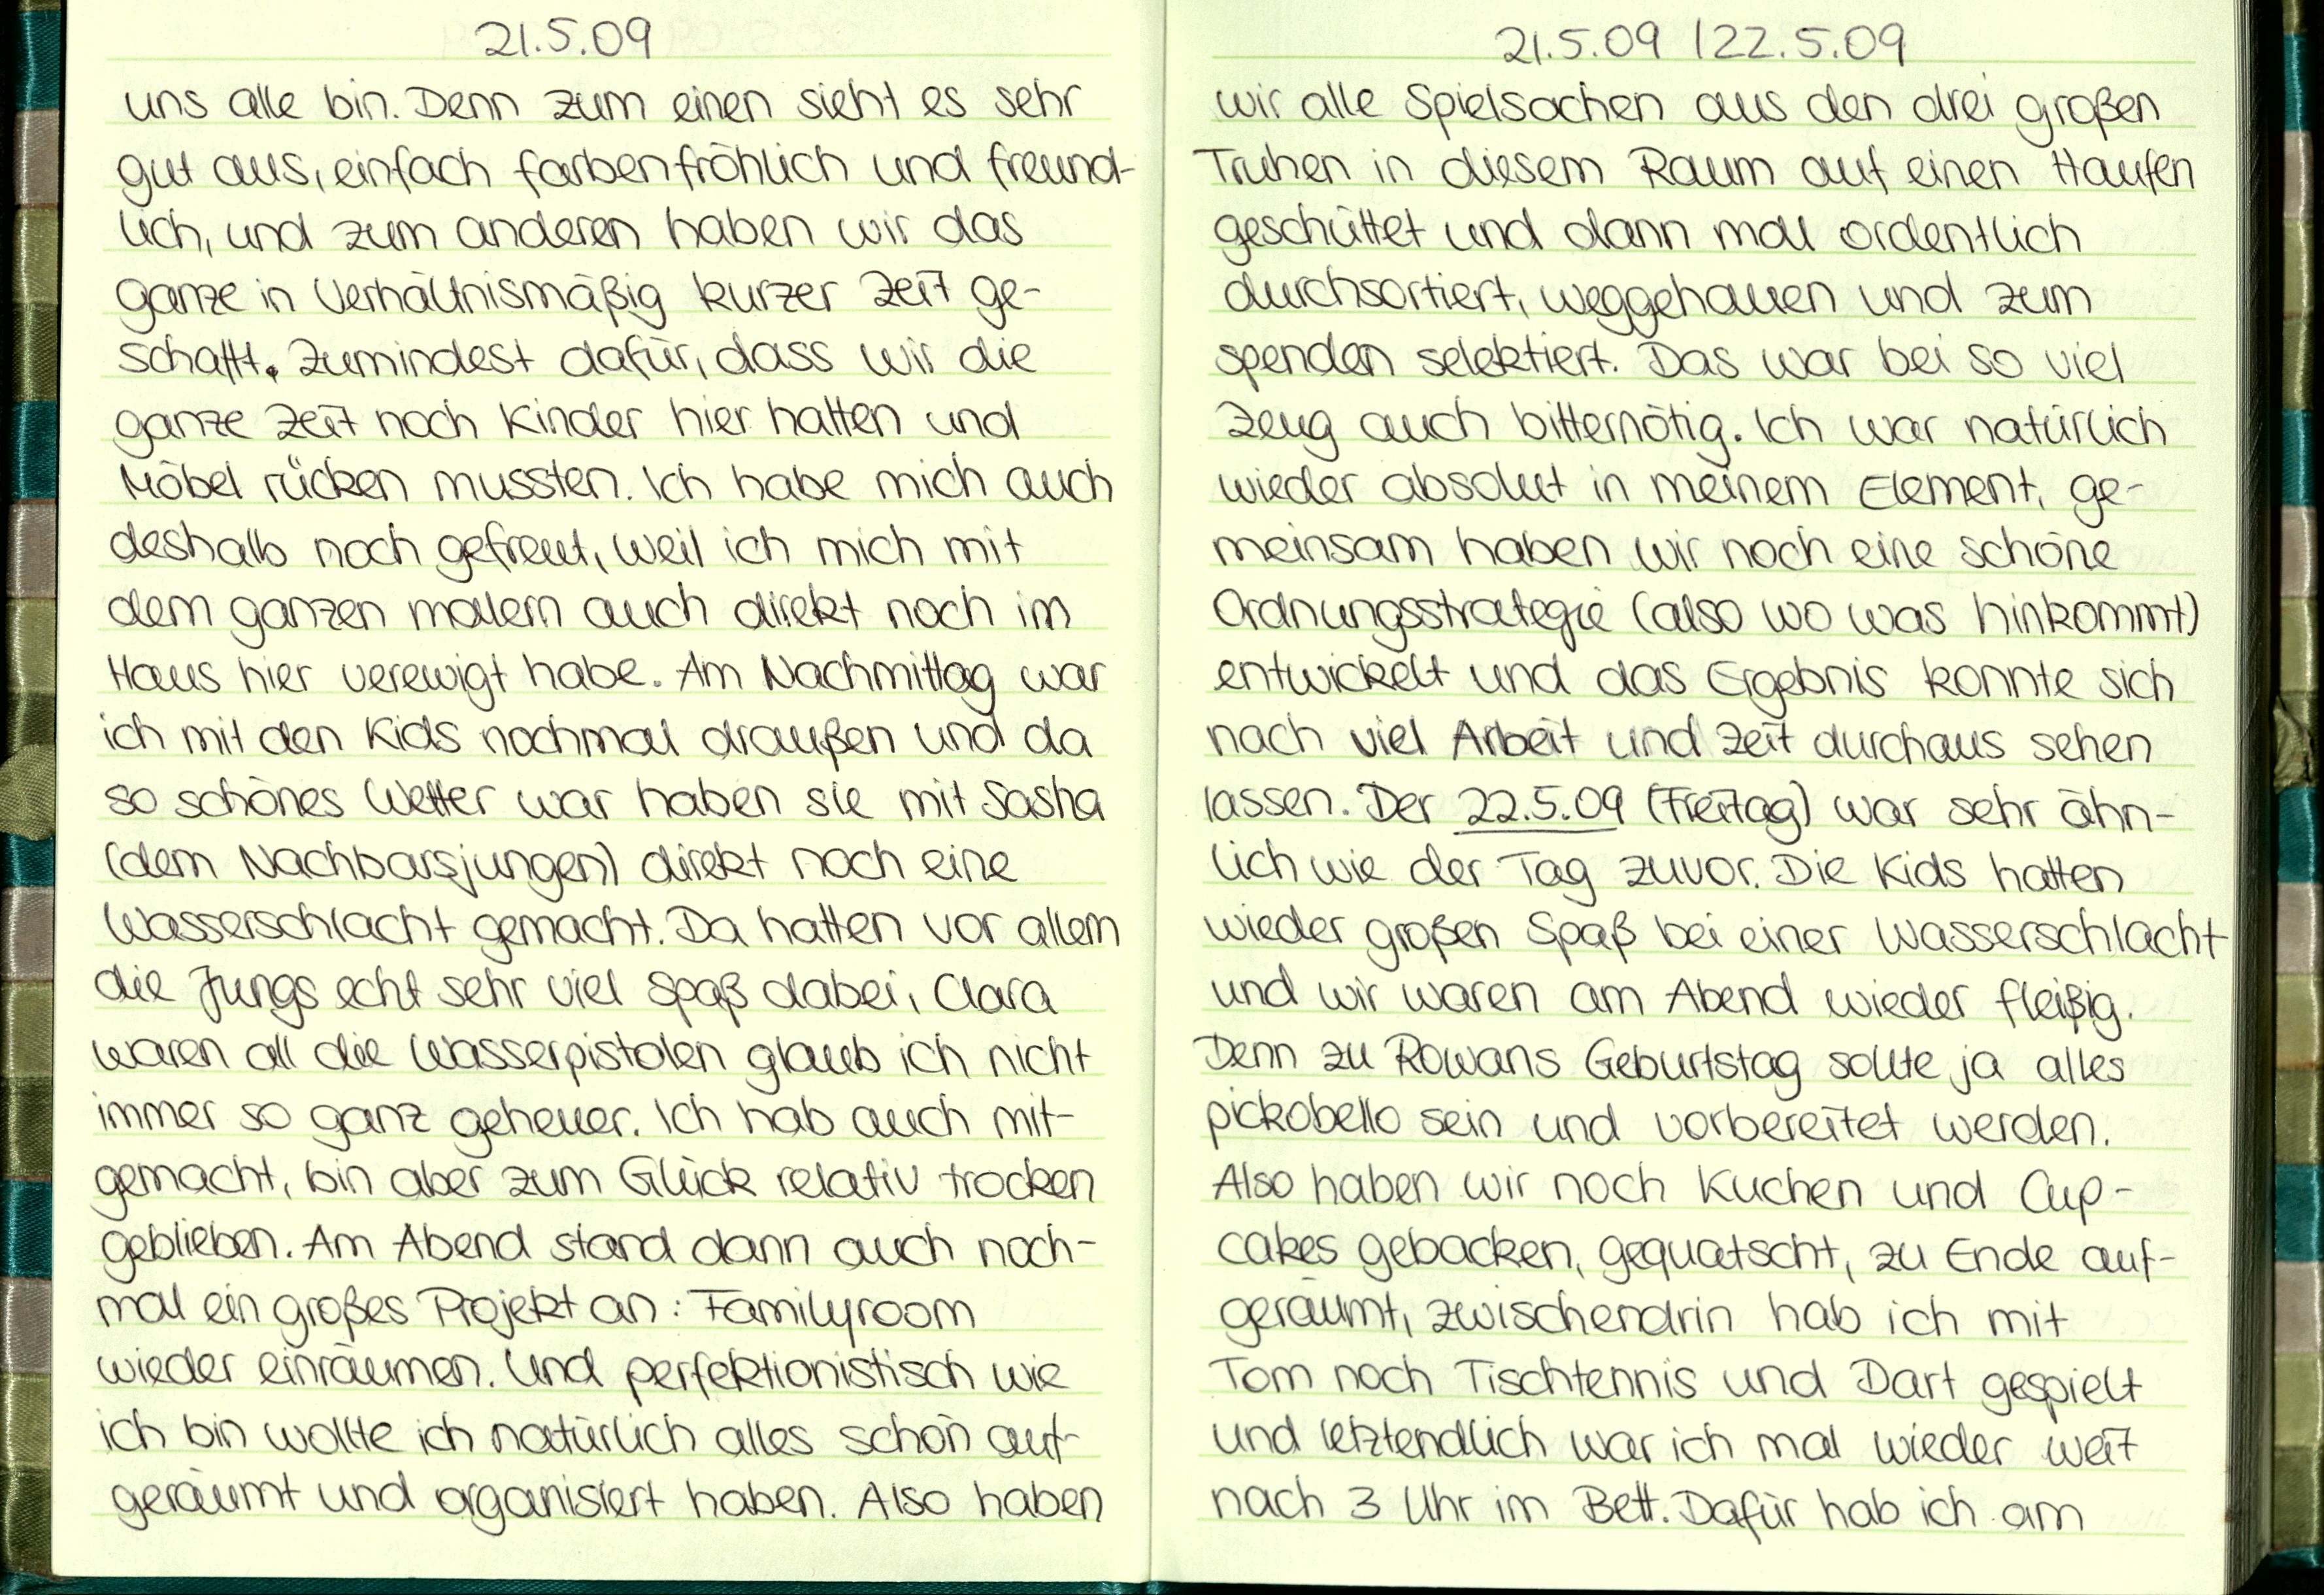
21.5.09
uns alle bin. Denn zum einen sieht es sehr
gut aus, einfach farbenfröhlich und freund-
lich, und zum anderen haben wir das
ganze in Verhältnismäßig kurzer Zeit ge-
schafft, zumindest dafür, dass wir die
ganze Zeit noch Kinder hier hatten und
Möbel rücken mussten. Ich habe mich auch
deshalb noch gefreut, weil ich mich mit
dem ganzen malern auch direkt noch im
Haus hier verewigt habe. Am Nachmittag war
ich mit den Kids nochmal draußen und da
so schönes Wetter war haben sie mit Sasha
(dem Nachbarsjungen) direkt noch eine
Wasserschlacht gemacht. Da hatten vor allem
die Jungs echt sehr viel Spaß dabei, Clara
waren all die Wasserpistolen glaub ich nicht
immer so ganz geheuer. Ich hab auch mit-
gemacht, bin aber zum Gluck relativ trocken
geblieben. Am Abend stand dann auch noch-
mal ein großes Projekt an: Familyroom
wieder einräumen. Und perfektionistisch wie
ich bin wollte ich natürlich alles schön auf
geräumt und organisiert haben. Also haben

21.5.09 /22.5.09
wir alle Spielsachen aus den drei großen
Truhen in diesem Raum auf einen Haufen
geschüttet und dann mal ordentlich
durchsortiert, weggehauen und zum
spenden selektiert. Das war bei so viel
Zeug auch bitternötig. Ich war natürlich
wieder absolut in meinem Element, ge-
meinsam haben wir noch eine schöne
Ordnungsstrategie (also wo was hinkommt)
entwickelt und das Ergebnis konnte sich
nach viel Arbeit und Zeit durchaus sehen
lassen. Der 22.5.09 (Freitag) war sehr ähn-
lich wie der Tag zuvor. Die Kids hatten
wieder großen Spaß bei einer Wasserschlacht
und wir waren am Abend wieder fleißig.
Denn zu Rowans Geburtstag sollte ja alles
pickobello sein und vorbereitet werden.
Also haben wir noch Kuchen und Cup-
Cakes gebacken, gequatscht, zu Ende auf-
geräumt, zwischendrin hab ich mit
Tom noch Tischtennis und Dart gespielt
und letztendlich war ich mal wieder weit
nach 3 Uhr im Bett. Dafür hab ich am